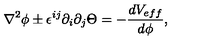
\nabla ^ { 2 } \phi \pm \epsilon ^ { i j } \partial _ { i } \partial _ { j } \Theta = - \frac { d V _ { e f f } } { d \phi } ,